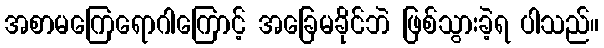
အစာမကြေရောဂါကြောင့် အခြေမခိုင်ဘဲ ဖြစ်သွားခဲ့ရ ပါသည်။